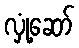
လှုံ့ဆော်